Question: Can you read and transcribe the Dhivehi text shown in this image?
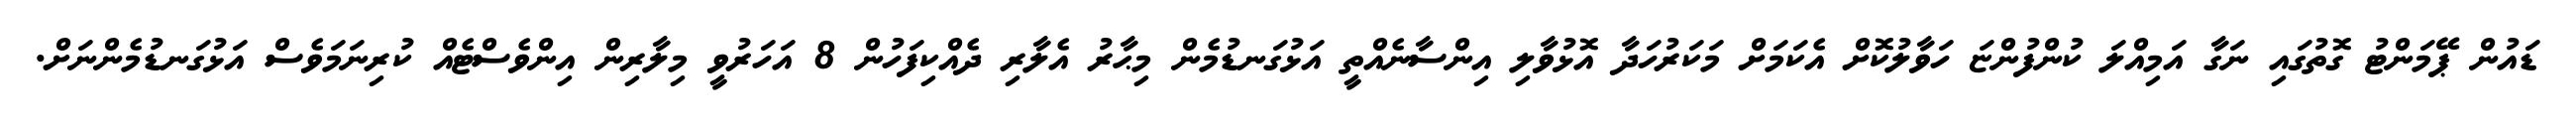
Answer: ޑައުން ޕޭމަންޓު ގޮތުގައި ނަގާ އަމިއްލަ ކުންފުންޏަ ހަވާލުކޮށް އެކަމަށް މަކަރުހަދާ އޮޅުވާލި އިންސާނެއްތީ އަޅުގަނޑުމެން މިޙާރު އެލާރި ދެއްކިފަހުން 8 އަހަރުވީ މިލާރިން އިންވެސްޓެއް ކުރިނަމަވެސް އަޅުގަނޑުމެންނަށް.